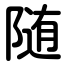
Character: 随